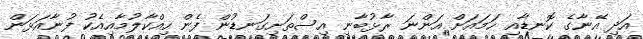
އަދި އޭނާގެ ކޮނޑާއި ހަމައަށް އަންނަ ރާޅުބާނި އިސްތަށިގަނޑުން ފެން ހިއްކާލުމާއިއެކު ފުނާއަޅަން